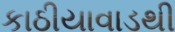
કાઠીયાવાડથી